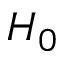
H _ { 0 }